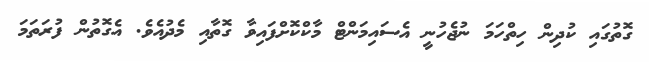
ގޮތުގައި ކުދިން ހިތްހަމަ ނުޖެހުނީ އެސައިމަންޓް މާކްކޮށްފައިވާ ގޮތާއި މެދުއެވެ. އެގޮތުން ފުރަތަމަ